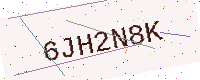
Text: 6JH2N8K